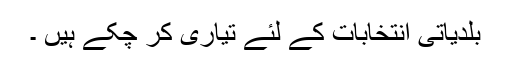
بلدیاتی انتخابات کے لئے تیاری کر چکے ہیں ۔